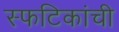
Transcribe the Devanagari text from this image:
स्फटिकांची